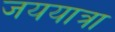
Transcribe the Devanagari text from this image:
जययात्रा